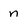
Character: n